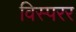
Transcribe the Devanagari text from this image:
विस्परर